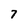
Character: 7